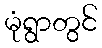
မုံရွာတွင်